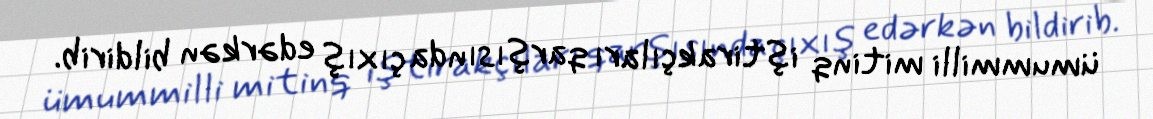
ümummilli mitinq iştirakçıları qarşısında çıxış edərkən bildirib.